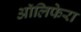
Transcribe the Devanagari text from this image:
ऑलिफेरा